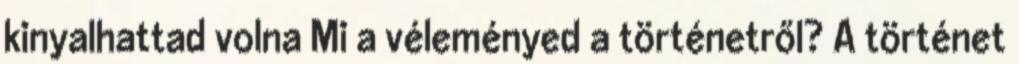
kinyalhattad volna Mi a véleményed a történetről? A történet